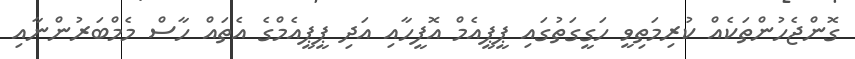
ގޮންޖެހުންތަކެއް ކުރިމަތިވީ ހަގީގަތުގައި ޕީޕީއެމް އޮފީހާއި އަދި ޕީޕީއެމްގެ އެތައް ހާސް މެމްބަރުންނާއި